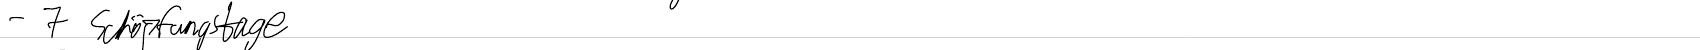
- 7 Schöpfungstage